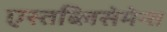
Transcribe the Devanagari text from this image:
एस्तब्लिसेमेन्त